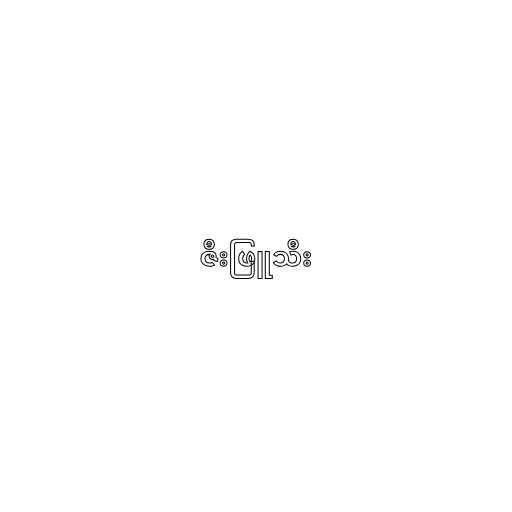
ဇီးဖြူသီး